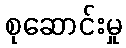
စုဆောင်းမှု